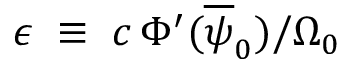
\epsilon \; \equiv \; c \, \Phi ^ { \prime } ( \overline { { \psi } } _ { 0 } ) / \Omega _ { 0 }